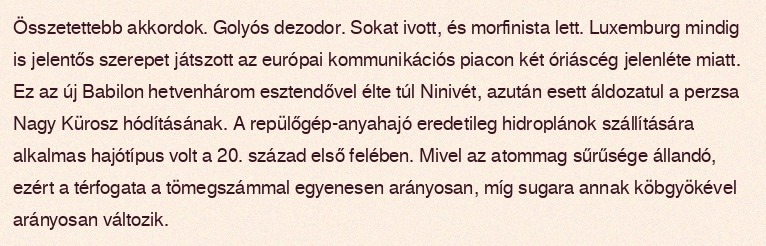
Összetettebb akkordok. Golyós dezodor. Sokat ivott, és morfinista lett. Luxemburg mindig is jelentős szerepet játszott az európai kommunikációs piacon két óriáscég jelenléte miatt. Ez az új Babilon hetvenhárom esztendővel élte túl Ninivét, azután esett áldozatul a perzsa Nagy Kürosz hódításának. A repülőgép-anyahajó eredetileg hidroplánok szállítására alkalmas hajótípus volt a 20. század első felében. Mivel az atommag sűrűsége állandó, ezért a térfogata a tömegszámmal egyenesen arányosan, míg sugara annak köbgyökével arányosan változik.